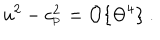
LaTeX: u ^ { 2 } - c _ { _ \mathrm { P } } ^ { 2 } = { \cal O } \{ \Theta ^ { 4 } \} \ .